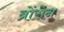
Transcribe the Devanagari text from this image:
ब्रोंसेन